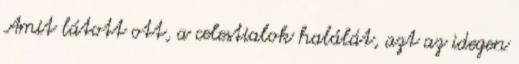
Amit látott ott, a celestialok halálát, azt az idegen